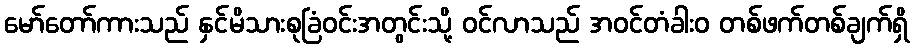
မော်တော်ကားသည် နှင်မိသားစုခြံဝင်းအတွင်းသို့ ဝင်လာသည် အဝင်တံခါးဝ တစ်ဖက်တစ်ချက်ရှိ